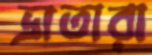
ভ্রাতারা